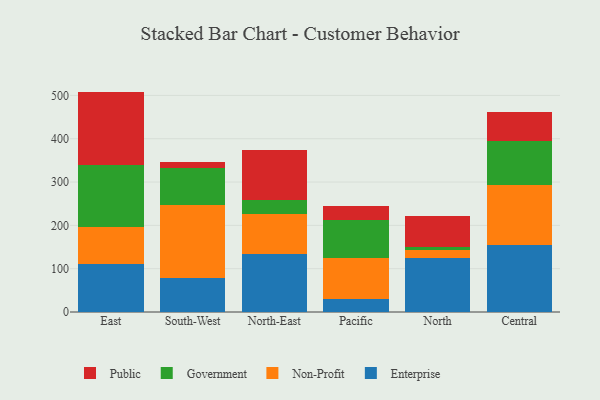
{"axis": {"x": "Region", "y": "Humidity (%)"}, "legend": ["Enterprise", "Government", "Non-Profit", "Public"], "data": [{"x": "East", "y": 110.4, "type": "Enterprise"}, {"x": "East", "y": 85.4, "type": "Non-Profit"}, {"x": "East", "y": 142.9, "type": "Government"}, {"x": "East", "y": 170.1, "type": "Public"}, {"x": "South-West", "y": 77.6, "type": "Enterprise"}, {"x": "South-West", "y": 169.0, "type": "Non-Profit"}, {"x": "South-West", "y": 86.0, "type": "Government"}, {"x": "South-West", "y": 13.2, "type": "Public"}, {"x": "North-East", "y": 133.1, "type": "Enterprise"}, {"x": "North-East", "y": 93.3, "type": "Non-Profit"}, {"x": "North-East", "y": 31.6, "type": "Government"}, {"x": "North-East", "y": 116.3, "type": "Public"}, {"x": "Pacific", "y": 29.3, "type": "Enterprise"}, {"x": "Pacific", "y": 94.5, "type": "Non-Profit"}, {"x": "Pacific", "y": 88.0, "type": "Government"}, {"x": "Pacific", "y": 32.5, "type": "Public"}, {"x": "North", "y": 124.9, "type": "Enterprise"}, {"x": "North", "y": 18.3, "type": "Non-Profit"}, {"x": "North", "y": 7.7, "type": "Government"}, {"x": "North", "y": 71.8, "type": "Public"}, {"x": "Central", "y": 153.6, "type": "Enterprise"}, {"x": "Central", "y": 139.2, "type": "Non-Profit"}, {"x": "Central", "y": 101.1, "type": "Government"}, {"x": "Central", "y": 68.0, "type": "Public"}]}